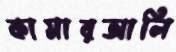
কামারআলি